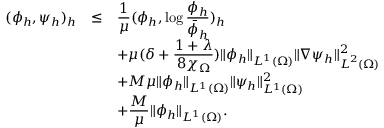
\begin{array} { r c l } { ( \phi _ { h } , \psi _ { h } ) _ { h } } & { \le } & { \displaystyle \frac { 1 } { \mu } ( \phi _ { h } , \log \frac { \phi _ { h } } { \bar { \phi } _ { h } } ) _ { h } } \\ & & { \displaystyle + \mu ( \delta + \frac { 1 + \lambda } { 8 \chi _ { \Omega } } ) \| \phi _ { h } \| _ { L ^ { 1 } ( \Omega ) } \| \nabla \psi _ { h } \| _ { { \boldsymbol L } ^ { 2 } ( \Omega ) } ^ { 2 } } \\ & & { \displaystyle + M \mu \| \phi _ { h } \| _ { L ^ { 1 } ( \Omega ) } \| \psi _ { h } \| _ { L ^ { 1 } ( \Omega ) } ^ { 2 } } \\ & & { \displaystyle + \frac { M } { \mu } \| \phi _ { h } \| _ { L ^ { 1 } ( \Omega ) } . } \end{array}